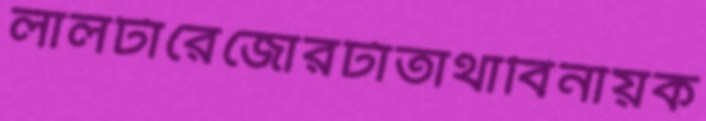
লালটারেজোরটাতাথাবিনায়ক